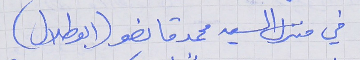
في منزل السيد محمد قانصو (ابوطلال)